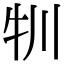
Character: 㸪